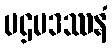
ပဌမဒဿနံ